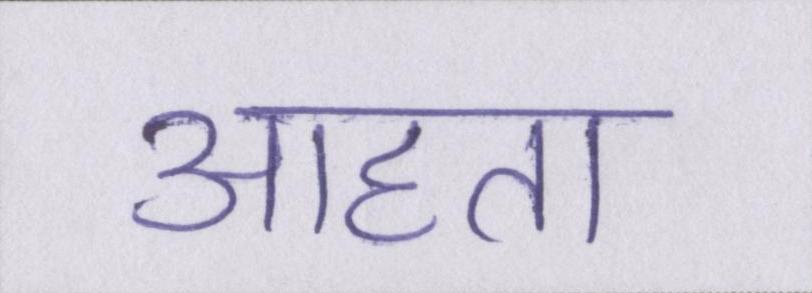
आहाता